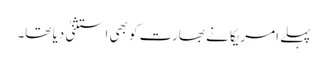
پہلے امریکا نے بھارت کو بھی استثنیٰ دیا تھا۔